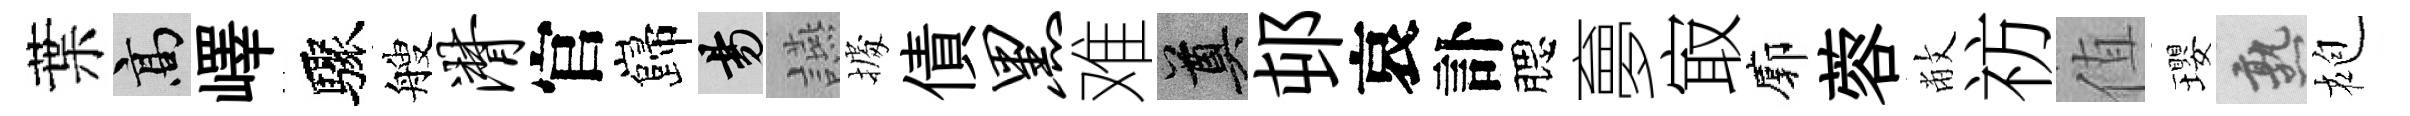
葉高嶧驟艘潸官巋昜讌𢴃債黑难奠邨哀訃腮夣㝡廓蓉敝祊值瓔熟袍